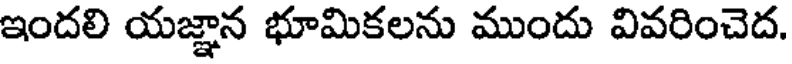
ఇందలి యజ్ఞాన భూమికలను ముందు వివరించెద.